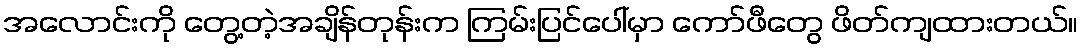
အလောင်းကို တွေ့တဲ့အချိန်တုန်းက ကြမ်းပြင်ပေါ်မှာ ကော်ဖီတွေ ဖိတ်ကျထားတယ်။